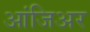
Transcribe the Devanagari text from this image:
आंजिअर